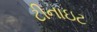
ટીનાઇટ